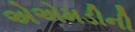
એએમડીની